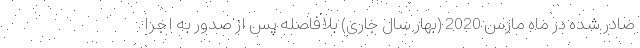
صادر شده در ماه مارس 2020 (بهار سال جاری) بلافاصله پس از صدور به اجرا